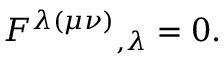
F ^ { \lambda ( \mu \nu ) } { } _ { , \lambda } = 0 .